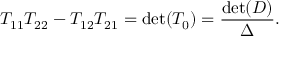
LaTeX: T _ { 1 1 } T _ { 2 2 } - T _ { 1 2 } T _ { 2 1 } = \operatorname * { d e t } ( T _ { 0 } ) = \frac { \operatorname * { d e t } ( D ) } { \Delta } .